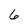
Character: 6